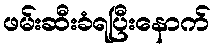
ဖမ်းဆီးခံရပြီးနောက်